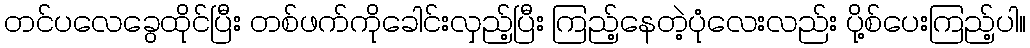
တင်ပလေခွေထိုင်ပြီး တစ်ဖက်ကိုခေါင်းလှည့်ပြီး ကြည့်နေတဲ့ပုံလေးလည်း ပို့စ်ပေးကြည့်ပါ။